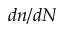
d n / d N